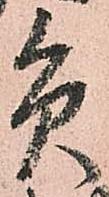
員